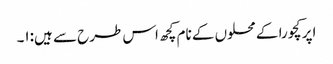
اپر کچورا کے محلوں کے نام کچھ اس طرح سے ہیں:۱۔